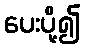
ပေးပို့၍